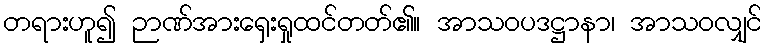
တရားဟူ၍ ဉာဏ်အားရှေးရှုထင်တတ်၏။ အာသဝပဒဋ္ဌာနာ၊ အာသဝလျှင်